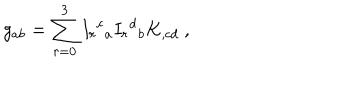
g _ { a b } = \sum _ { r = 0 } ^ { 3 } I _ { r } { \! } ^ { c } { \! } _ { a } I _ { r } { \! } ^ { d } { \! } _ { b } K _ { , c d } \ ,